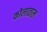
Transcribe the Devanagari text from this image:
कोलाताल